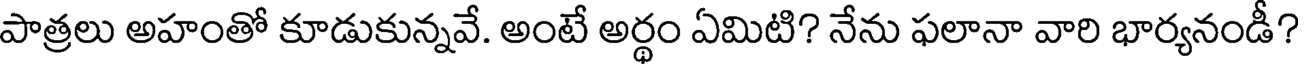
పాత్రలు అహంతో కూడుకున్నవే. అంటే అర్థం ఏమిటి? నేను ఫలానా వారి భార్యనండీ?